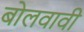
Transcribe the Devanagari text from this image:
बोलवावी